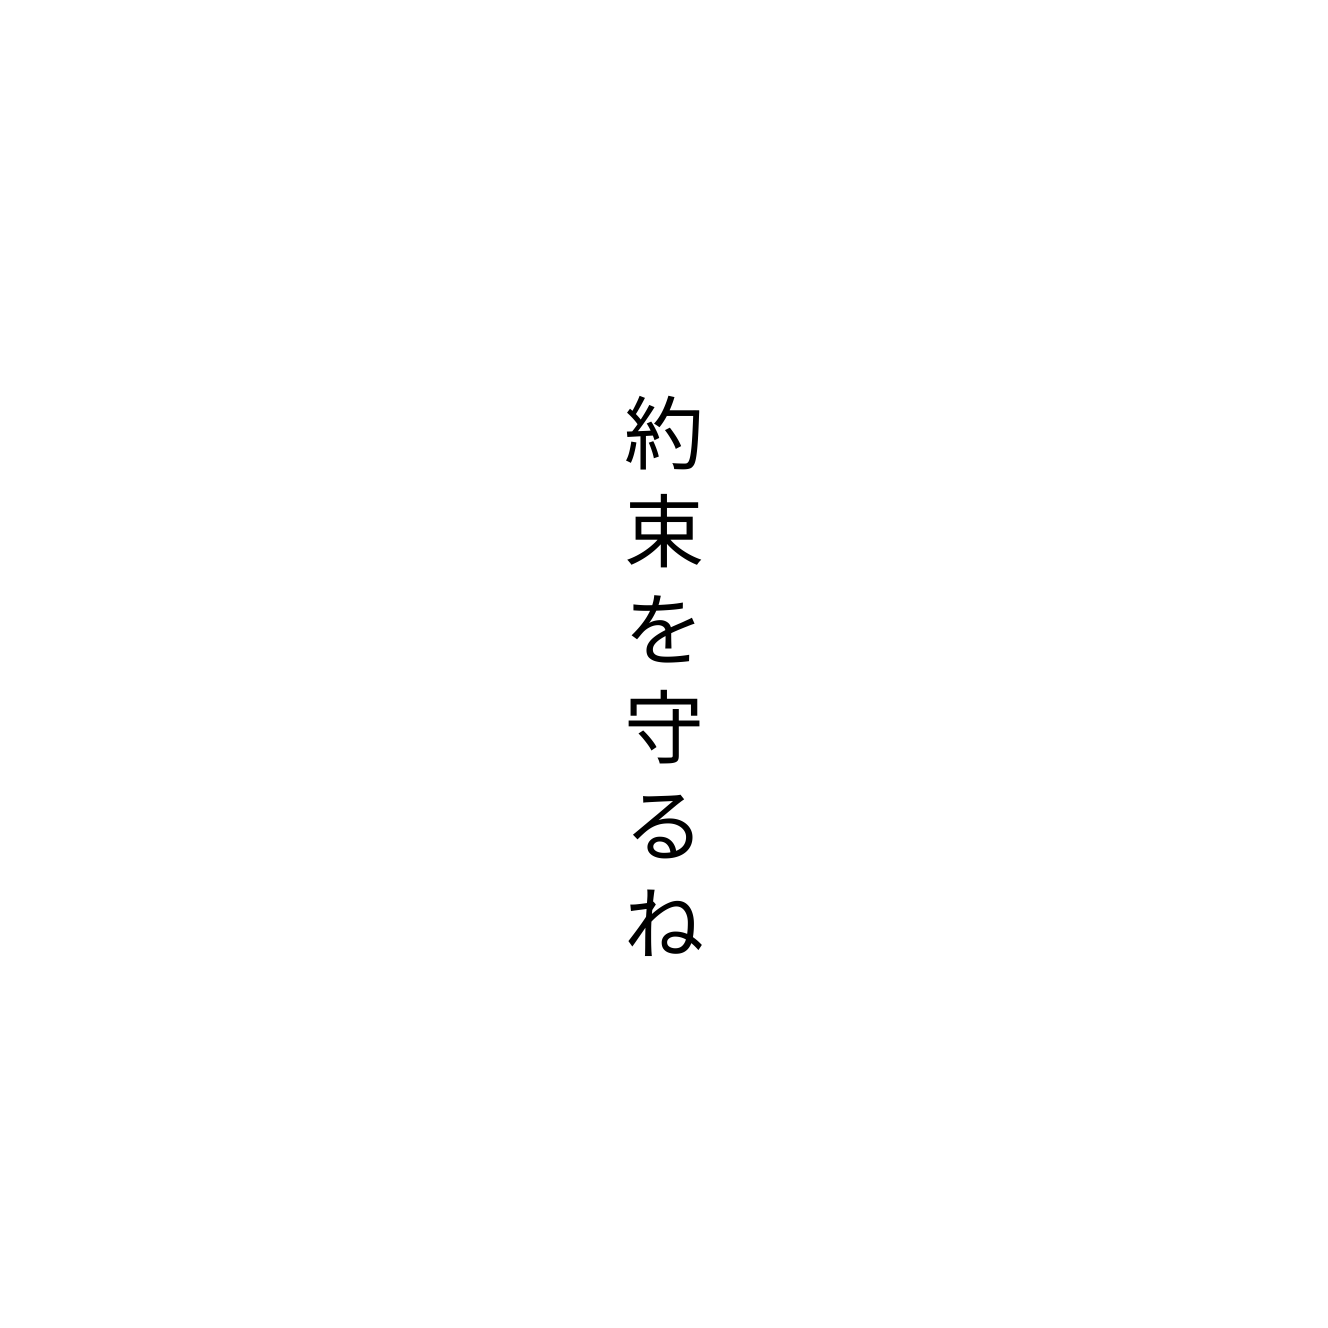
約束を守るね